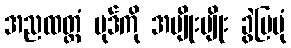
အညထတ္တံ ပုဒ်ကို အမျိုးမျိုး ခွဲပြပုံ